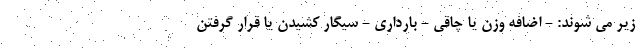
زیر می شوند: - اضافه وزن یا چاقی - بارداری - سیگار کشیدن یا قرار گرفتن